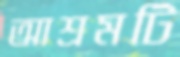
আশ্রমটি